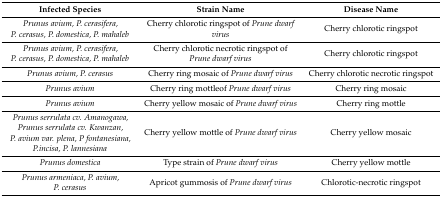
| Infected Species | Strain Name | Disease Name |
 | --- | --- | --- |
 | Prunus avium, P. cerasifera, P. cerasus, P. domestica, P. mahaleb | Cherry chlorotic ringspot of Prune dwarf virus | Cherry chlorotic ringspot |
 | Prunus avium, P. cerasifera, P. cerasus, P. domestica, P. mahaleb | Cherry chlorotic necrotic ringspot of Prune dwarf virus | Cherry chlorotic ringspot |
 | Prunus avium, P. cerasus | Cherry ring mosaic of Prune dwarf virus | Cherry chlorotic necrotic ringspot |
 | Prunus avium | Cherry ring mottleof Prune dwarf virus | Cherry ring mosaic |
 | Prunus avium | Cherry yellow mosaic of Prune dwarf virus | Cherry ring mottle |
 | Prunus serrulata cv. Amanogawa, Prunus serrulata cv. Kwanzan, P. avium var. plena, P fontanesiana, P.incisa, P. lannesiana | Cherry yellow mottle of Prune dwarf virus | Cherry yellow mosaic |
 | Prunus domestica | Type strain of Prune dwarf virus | Cherry yellow mottle |
 | Prunus armeniaca, P. avium, P. cerasus | Apricot gummosis of Prune dwarf virus | Chlorotic-necrotic ringspot |